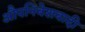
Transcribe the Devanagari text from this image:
औपनिवेशवादी